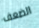
الضعف